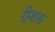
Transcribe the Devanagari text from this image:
रीशस